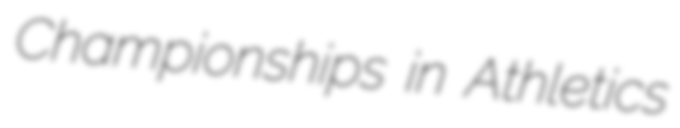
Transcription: Championships in Athletics